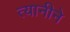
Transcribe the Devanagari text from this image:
त्यानीने